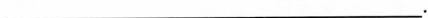
___.